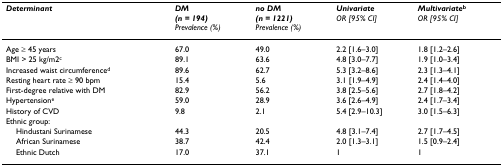
<table><thead><tr><td><b><i>Determinant</i></b></td><td><b><i>DM</i><i>(n = 194)</i><i>Prevalence (%)</i></b></td><td><b><i>no DM</i><i>(n = 1221)</i><i>Prevalence (%)</i></b></td><td><b><i>Univariate </i><i>OR [95% CI]</i></b></td><td><b><i>Multivariate</i><sup>b </sup><i>OR [95% CI]</i></b></td></tr></thead><tbody><tr><td>Age ≥ 45 years</td><td>67.0</td><td>49.0</td><td>2.2 [1.6–3.0]</td><td>1.8 [1.2–2.6]</td></tr><tr><td>BMI &gt; 25 kg/m2<sup>c</sup></td><td>89.1</td><td>63.6</td><td>4.8 [3.0–7.7]</td><td>1.9 [1.0–3.4]</td></tr><tr><td>Increased waist circumference<sup>d</sup></td><td>89.6</td><td>62.7</td><td>5.3 [3.2–8.6]</td><td>2.3 [1.3–4.1]</td></tr><tr><td>Resting heart rate ≥ 90 bpm</td><td>15.4</td><td>5.6</td><td>3.1 [1.9–4.9]</td><td>2.4 [1.4–4.0]</td></tr><tr><td>First-degree relative with DM</td><td>82.9</td><td>56.2</td><td>3.8 [2.5–5.6]</td><td>2.7 [1.8–4.2]</td></tr><tr><td>Hypertension<sup>e</sup></td><td>59.0</td><td>28.9</td><td>3.6 [2.6–4.9]</td><td>2.4 [1.7–3.4]</td></tr><tr><td>History of CVD</td><td>9.8</td><td>2.1</td><td>5.4 [2.9–10.3]</td><td>3.0 [1.5–6.3]</td></tr><tr><td>Ethnic group:</td><td></td><td></td><td></td><td></td></tr><tr><td> Hindustani Surinamese</td><td>44.3</td><td>20.5</td><td>4.8 [3.1–7.4]</td><td>2.7 [1.7–4.5]</td></tr><tr><td> African Surinamese</td><td>38.7</td><td>42.4</td><td>2.0 [1.3–3.1]</td><td>1.5 [0.9–2.4]</td></tr><tr><td> Ethnic Dutch</td><td>17.0</td><td>37.1</td><td>1</td><td>1</td></tr></tbody></table>